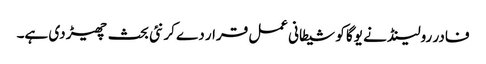
فادر رولینڈ نے یوگا کو شیطانی عمل قرار دے کر نئی بحث چھیڑ دی ہے۔